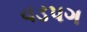
વડપગ